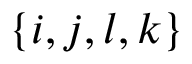
\{ i , j , l , k \}